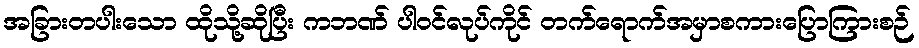
အခြားတပါးသော ထိုသို့ဆိုပြီး ကဘဏ် ပါဝင်လုပ်ကိုင် တက်ရောက်အမှာစကားပြောကြားစဉ်